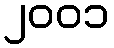
၂၀၀၁